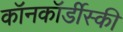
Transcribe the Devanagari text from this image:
कॉनकॉर्डीस्की